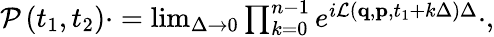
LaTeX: \begin{array}{r}{\mathcal{P}\left(t_{1},t_{2}\right)\cdot=\operatorname*{lim}_{\Delta\rightarrow 0}\prod_{k=0}^{n-1}e^{i\mathcal{L}\left(\mathbf{q},\mathbf{p},t_{1}+k\Delta\right)\Delta}\cdot,}\end{array}